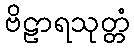
ဗိဠာရသုတ္တံ